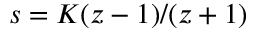
s = K ( z - 1 ) / ( z + 1 )